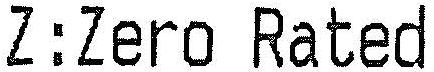
Z:ZERO RATED